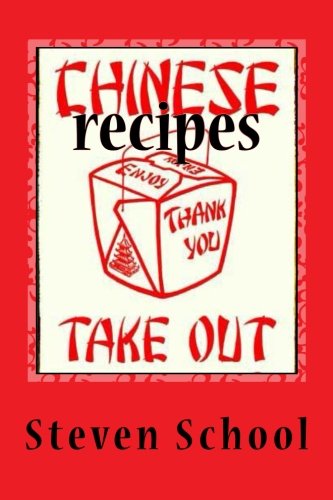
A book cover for Chinese Takeout Recipes: Delicious, Defined.; Steven School; Cookbooks, Food & Wine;